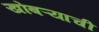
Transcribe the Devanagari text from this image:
खोबऱ्याची